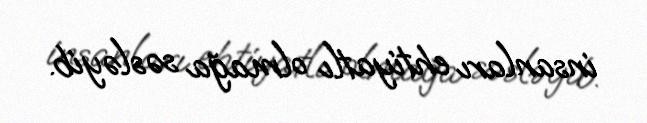
insanları ehtiyatlı olmağa səsləyib.